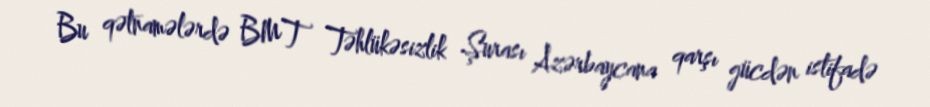
Bu qətnamələrdə BMT Təhlükəsizlik Şurası Azərbaycana qarşı gücdən istifadə